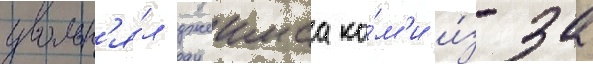
увольн'я́л джеимса ко́м'и и́з-за